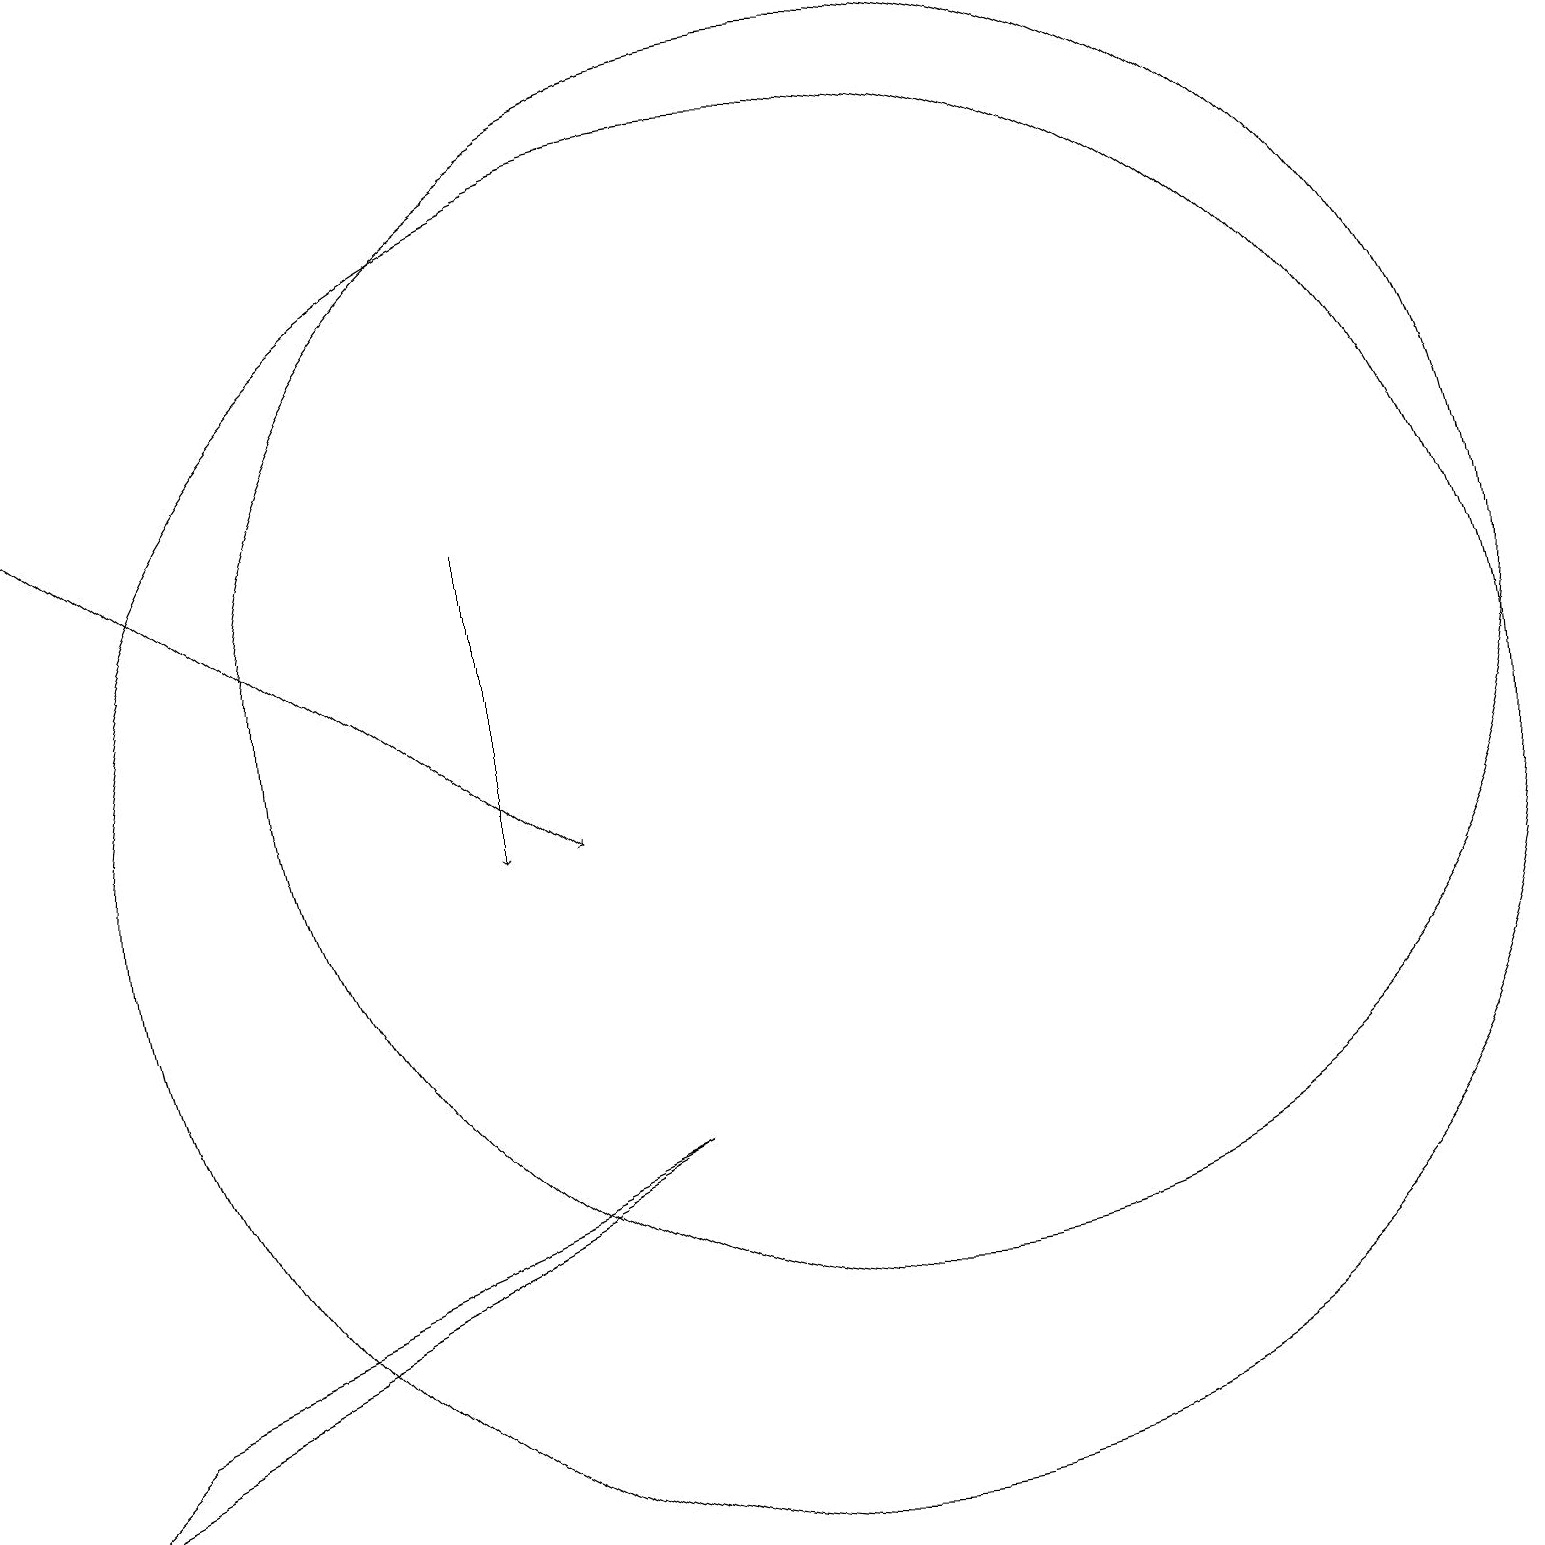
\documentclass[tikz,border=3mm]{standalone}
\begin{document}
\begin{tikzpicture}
\draw[->] (7,14) -- (7,10);
\draw (11,10) circle (9);
\draw[->] (1,15) -- (8,10);
\draw (12,12) circle (8);
\draw (9,6) -- (2,3) -- (1,2) -- cycle;
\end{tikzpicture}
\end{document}